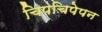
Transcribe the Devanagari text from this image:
चिपचिपेपन